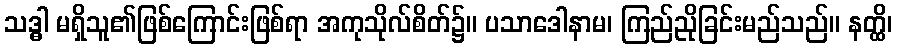
သဒ္ဓါ မရှိသူ၏ဖြစ်ကြောင်းဖြစ်ရာ အကုသိုလ်စိတ်၌။ ပသာဒေါနာမ၊ ကြည်ညိုခြင်းမည်သည်။ နတ္ထိ၊